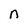
Character: n